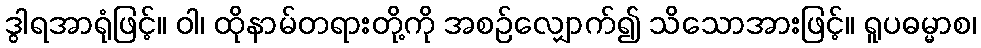
ဒွါရအာရုံဖြင့်။ ဝါ၊ ထိုနာမ်တရားတို့ကို အစဉ်လျှောက်၍ သိသောအားဖြင့်။ ရူပဓမ္မာစ၊